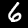
Label: 6